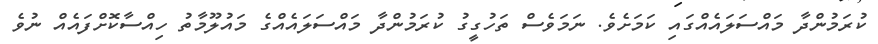
ކުރަމުންދާ މައްސަލައެއްގައި ކަމަށެވެ. ނަމަވެސް ތަހުގީގު ކުރަމުންދާ މައްސަލައެއްގެ މައުލޫމާތު ހިއްސާކޮށްފައެއް ނުވެ